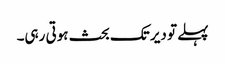
پہلے تو دیر تک بحث ہوتی رہی۔